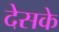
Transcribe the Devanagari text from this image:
देसके